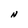
Character: N